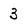
Character: 3